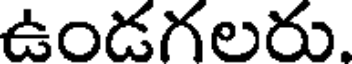
ఉండగలరు.